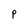
Character: p